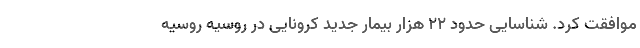
موافقت کرد. شناسایی حدود ۲۲ هزار بیمار جدید کرونایی در روسیه روسیه